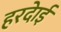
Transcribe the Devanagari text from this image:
हरदाेई